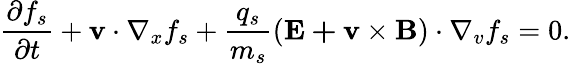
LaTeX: \frac{\partial f_{s}}{\partial t}+\mathbf{v}\cdot\nabla_{x}f_{s}+\frac{q_{s}}{m_{s}}(\mathbf{E+v\times B})\cdot\nabla_{v}f_{s}=0.